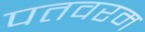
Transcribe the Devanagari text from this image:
पतवरम